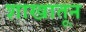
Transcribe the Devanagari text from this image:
शाखातून